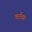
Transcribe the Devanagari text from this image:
कर्तव्यः